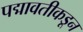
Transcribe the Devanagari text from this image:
पद्मावतीकडून